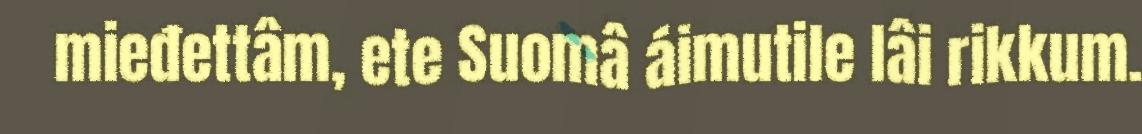
mieđettâm, ete Suomâ áimutile lâi rikkum.